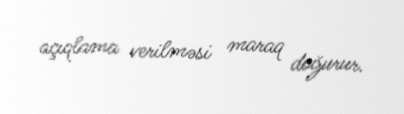
açıqlama verilməsi maraq doğurur.